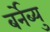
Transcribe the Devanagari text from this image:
बर्नेब्यु